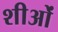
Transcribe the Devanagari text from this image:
शीओं